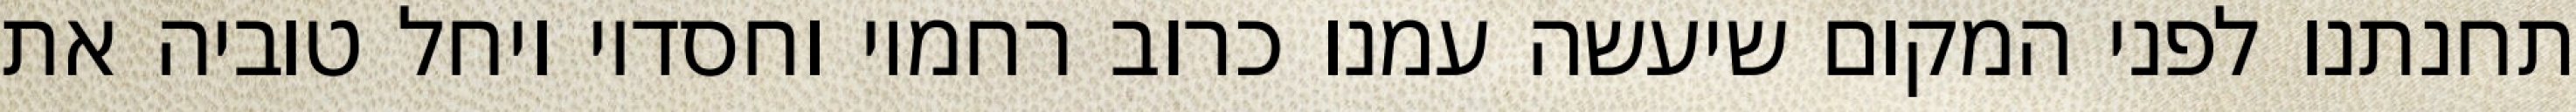
תחנתנו לפני המקום שיעשה עמנו כרוב רחמיו וחסדיו ויחל טוביה את